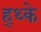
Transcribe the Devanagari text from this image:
ह्थ्के